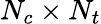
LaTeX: N_{c}\times N_{t}